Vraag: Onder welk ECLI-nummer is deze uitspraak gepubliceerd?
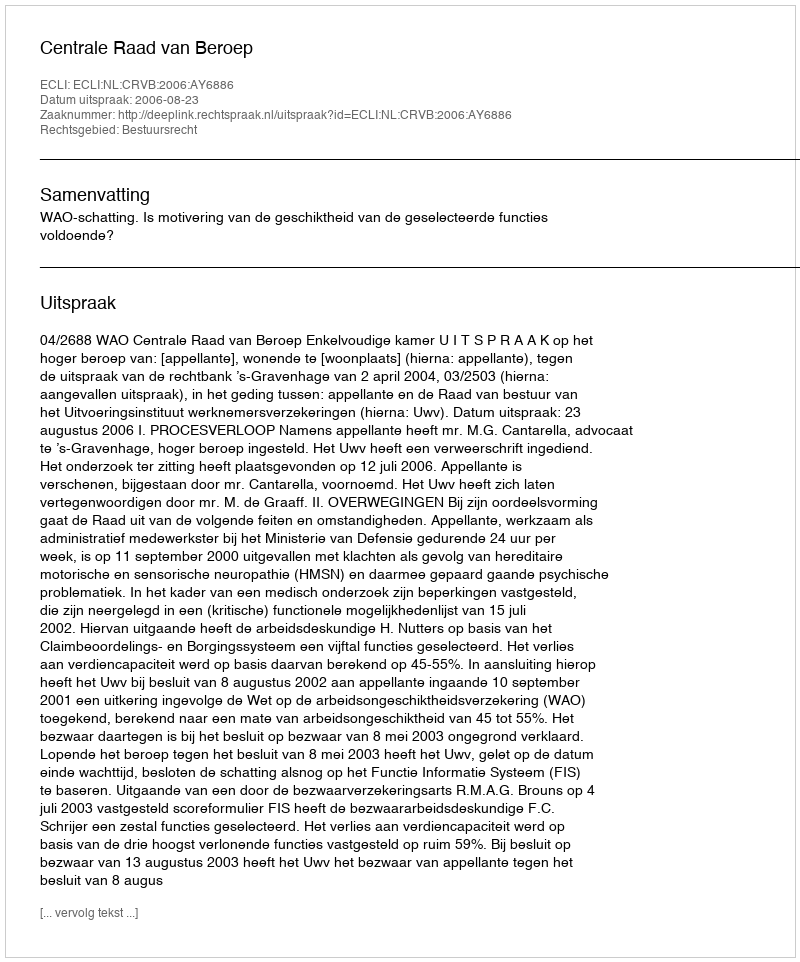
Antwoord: ECLI:NL:CRVB:2006:AY6886